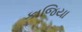
કાજિયા